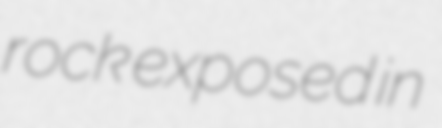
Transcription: rock exposed in